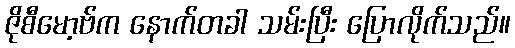
ဇိုစီမော့ဗ်က နောက်တခါ သမ်းပြီး ပြောလိုက်သည်။